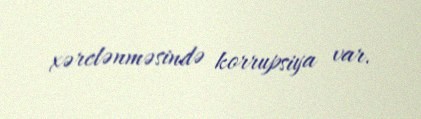
xərclənməsində korrupsiya var.